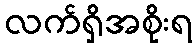
လက်ရှိအစိုးရ